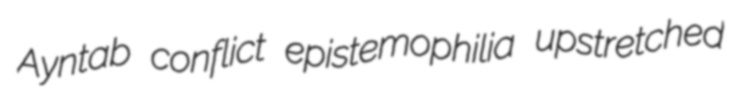
Ayntab conflict epistemophilia upstretched